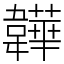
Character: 韡